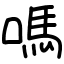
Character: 嗎